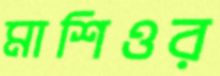
মাশিওর